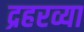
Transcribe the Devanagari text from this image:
द्रहरव्या